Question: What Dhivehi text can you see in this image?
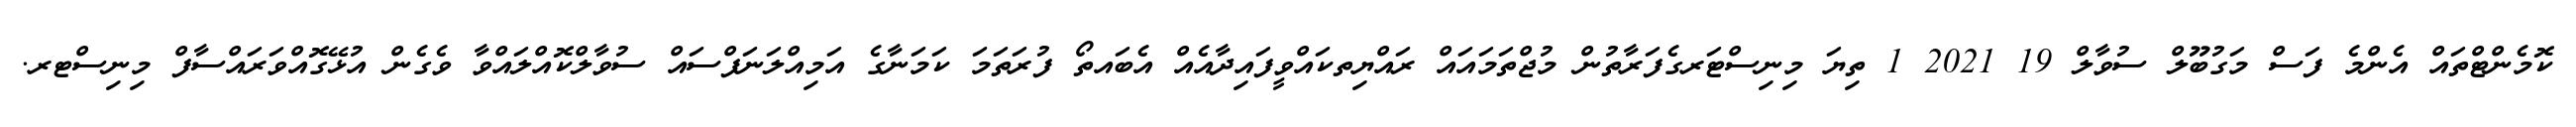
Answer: ކޮމެންޓްތައް އެންމެ ފަސް މަގުބޫލް ސުވާލް 19 2021 1 ތިޔަ މިނިސްޓަރގެފަރާތުން މުޖްތަމައައް ރައްޔިތކައްވީފައިދާއެއް އެބައތޯ ފުރަތަމަ ކަމަނާގެ އަމިއްލަނަފްސައް ސުވާލްކޮއްލައްވާ ވެގެން އުޅޭގޮއްވަރައްސާފް މިނިސްޓރ.